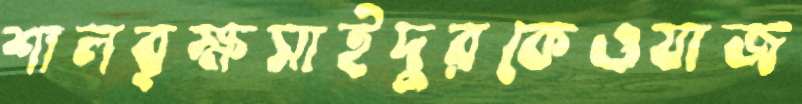
শালবৃক্ষসাইদুরকেওযাজ